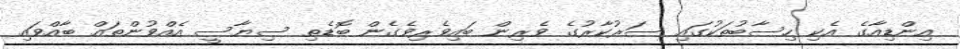
އިންޑިއާގެ އެކި ހިސާބުތަކުގައި ސަރުކާރުގެ ވެރިން ބައިވެރިވެގެން ބޮޑެތި ސިޔާސީ އެއްވުންތައް ބާއްވައި